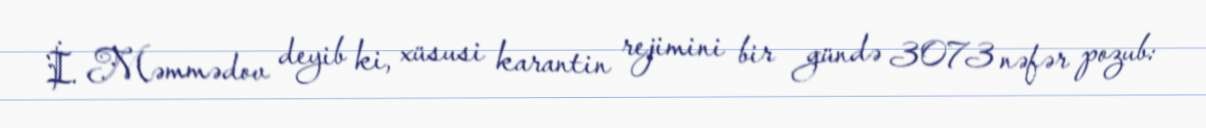
İ. Məmmədov deyib ki, xüsusi karantin rejimini bir gündə 3073 nəfər pozub: